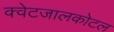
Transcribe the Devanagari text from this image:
क्वेटजालकोटल